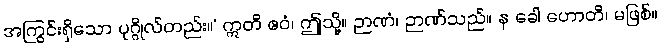
အကြွင်းရှိသော ပုဂ္ဂိုလ်တည်း။’ ဣတိ ဧဝံ၊ ဤသို့။ ဉာဏံ၊ ဉာဏ်သည်။ န ခေါ ဟောတိ၊ မဖြစ်။